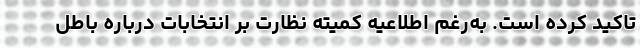
تاکید کرده است. به‌رغم اطلاعیه کمیته نظارت بر انتخابات درباره باطل